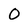
Character: O